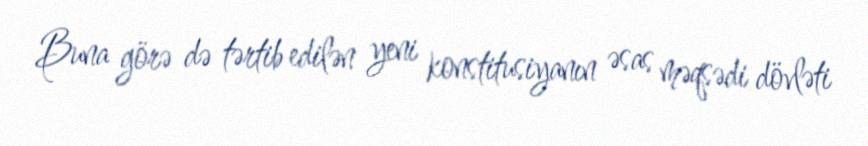
Buna görə də tərtib edilən yeni konstitusiyanın əsas məqsədi dövləti